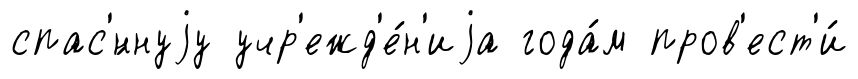
спас'́ннуjу учр'ежд'е́н'иjа года́м пров'ест'и́